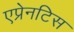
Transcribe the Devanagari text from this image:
एप्रेनटिस